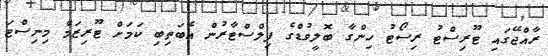
ރާއްޖޭގައި ޓޫރިސްޓު ރިސޯޓު ހިންގާ ބޮލީވުޑްގެ ފިލްސްޓާރުން އެބަތިބި ކަމަށް ޓޫރިޒަމް މިނިސްޓަ